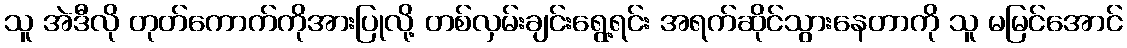
သူ အဲဒီလို တုတ်ကောက်ကိုအားပြုလို့ တစ်လှမ်းချင်းရွေ့ရင်း အရက်ဆိုင်သွားနေတာကို သူ မမြင်အောင်